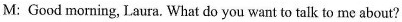
M: Good morning, Laura. What do you want to talk to me about?